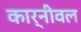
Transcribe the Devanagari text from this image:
कार्नीवल